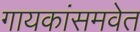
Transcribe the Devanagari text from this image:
गायकांसमवेत